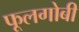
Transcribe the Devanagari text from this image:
फूलगोबी